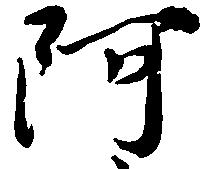
阿